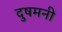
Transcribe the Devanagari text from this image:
दुषमनी